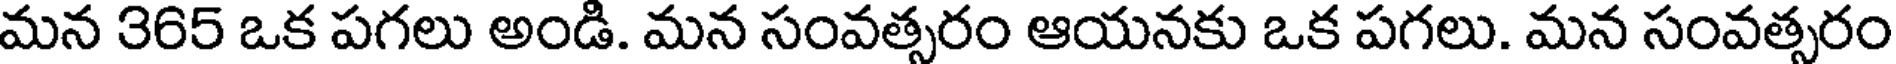
మన 365 ఒక పగలు అండి. మన సంవత్సరం ఆయనకు ఒక పగలు. మన సంవత్సరం